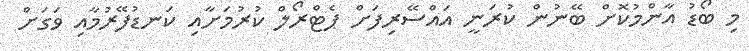
މި ބޯޑު އާންމުކޮށް ބޭނުން ކުރަނީ އައްސޭރިފަށް ޕެޓްރޯލް ކުރުމަށާއި ކަނޑުފޭރުމާއި ވަގަށް